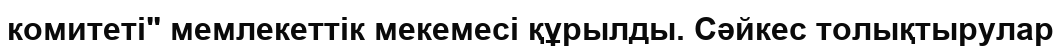
комитеті" мемлекеттік мекемесі құрылды. Сәйкес толықтырулар